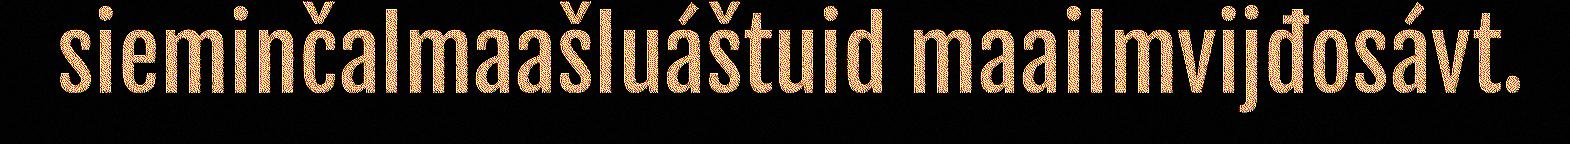
sieminčalmaašluáštuid maailmvijđosávt.